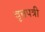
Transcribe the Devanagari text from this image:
वृत्तपत्री